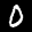
Label: 0